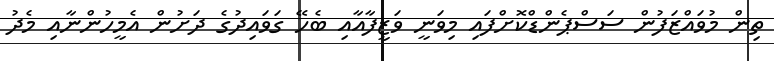
ތިން މުވައްޒަފުން ސަސްޕެންޑްކޮށްފައި މިވަނީ ވަޒީފާއާއި ބެހޭ ގަވައިދުގެ ދަށުން އެމީހުންނާއި މެދު